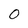
Character: 0